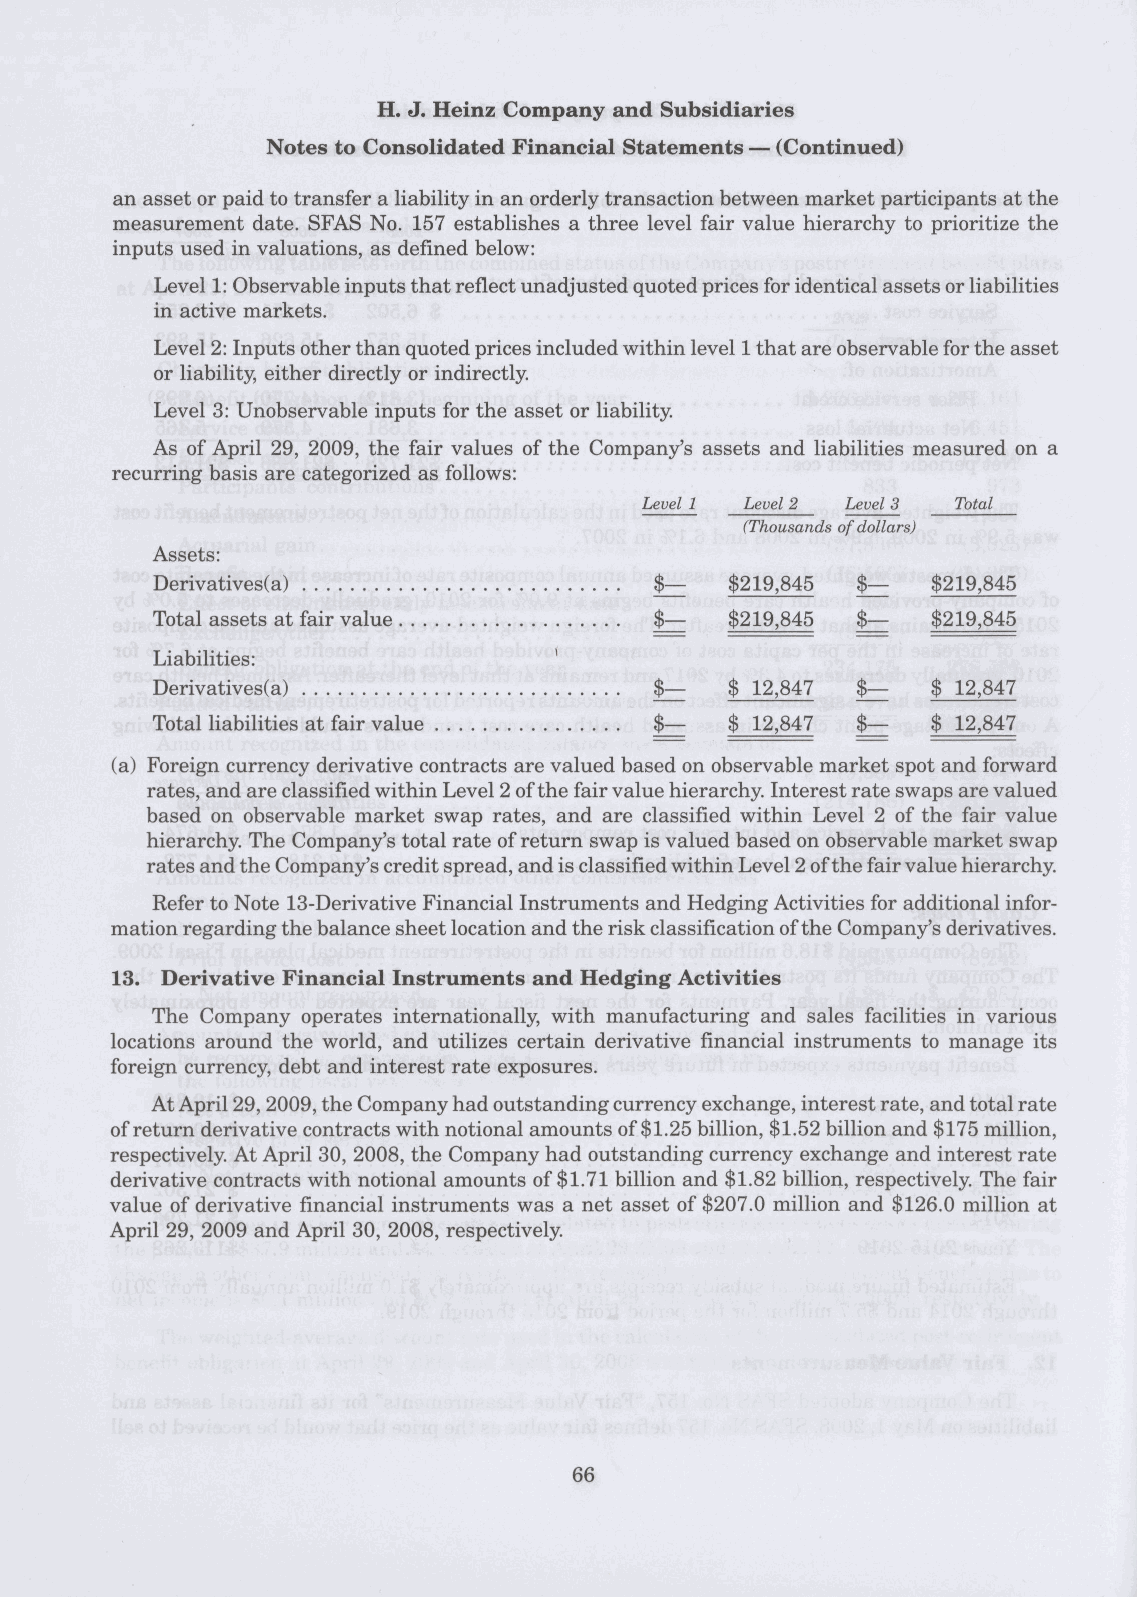
an asset or paid to transfer a liability in an orderly transaction between market participants at the
 measurement date. SFAS No. 157 establishes a three level fair value hierarchy to prioritize the
 inputs used in valuations, as defined below:
 Level 1: Observable inputs that reflect unadjusted quoted prices for identical assets or liabilities
 in active markets.
 Level 2: Inputs other than quoted prices included within level 1 that are observable for the asset
 or liability, either directly or indirectly.
 Level 3: Unobservable inputs for the asset or liability.
 As of April 29, 2009, the fair values of the Company's assets and liabilities measured on a
 recurring basis are categorized as follows:
 Level 1 Level 2 Level 3 Total
 (Thousands of dollars)
 Assets:
 Derivatives(a)                   $—   $219,845 $—   $219,845
 Total assets at fair value       $—   $219,845 $—   $219,845
 Liabilities:
 Derivatives(a)                   $—   $ 12,847 $—   $ 12,847
 Total liabilities at fair value  $—   $ 12,847 $—   $ 12,847
 (a) Foreign currency derivative contracts are valued based on observable market spot and forward
 rates, and are classified within Level 2 of the fair value hierarchy. Interest rate swaps are valued
 based on observable market swap rates, and are classified within Level 2 of the fair value
 hierarchy. The Company's total rate of return swap is valued based on observable market swap
 rates and the Company's credit spread, and is classified within Level 2 of the fair value hierarchy.
 Refer to Note 13-Derivative Financial Instruments and Hedging Activities for additional infor-
 mation regarding the balance sheet location and the risk classification of the Company's derivatives.
 13. Derivative Financial Instruments and Hedging Activities
 The Company operates internationally, with manufacturing and sales facilities in various
 locations around the world, and utilizes certain derivative financial instruments to manage its
 foreign currency, debt and interest rate exposures.
 At April 29, 2009, the Company had outstanding currency exchange, interest rate, and total rate
 of return derivative contracts with notional amounts of $1.25 billion, $1.52 billion and $175 million,
 respectively. At April 30, 2008, the Company had outstanding currency exchange and interest rate
 derivative contracts with notional amounts of $1.71 billion and $1.82 billion, respectively. The fair
 value of derivative financial instruments was a net asset of $207.0 million and $126.0 million at
 April 29, 2009 and April 30, 2008, respectively.